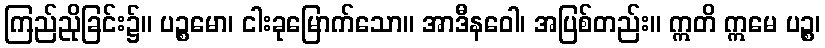
ကြည်ညိုခြင်း၌။ ပဉ္စမော၊ ငါးခုမြောက်သော။ အာဒီနဝေါ၊ အပြစ်တည်း။ ဣတိ ဣမေ ပဉ္စ၊